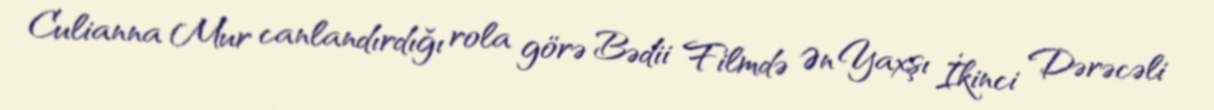
Culianna Mur canlandırdığı rola görə Bədii Filmdə Ən Yaxşı İkinci Dərəcəli